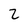
Character: 2